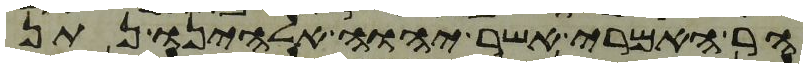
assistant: הר האמרי אשר יהוה אלהינו נתן